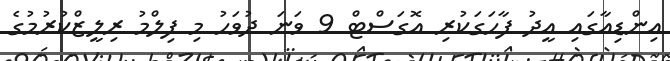
އިންޑިއާގައި އީދު ފާހަގަކުރި އޮގަސްޓް 9 ވަނަ ދުވަހު މި ފިލްމު ރިލީޒްކުރުމުގެ